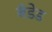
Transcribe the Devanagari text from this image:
बँडेड